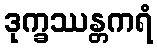
ဒုက္ခဿန္တကရံ